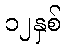
၁၂နှစ်